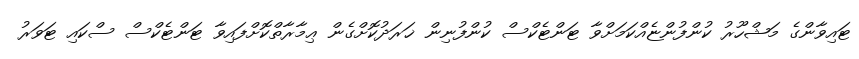
ޓައިވާންގެ މަޝްހޫރު ކުންފުންޏެއްކަމަށްވާ ޓަންޓެކްސް ކުންފުނިން ޚަރަދުކޮށްގެން ޢިމާރާތްކޮށްފައިވާ ޓަންޓެކްސް ސްކައި ޓަވަރު